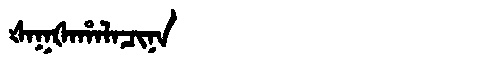
Manchu: ᡧᠠᡴᡧᠠᡥᠠᠯᠠᠴᡳᠨᠠ
Romanization: ŠAKŠAHALACINA